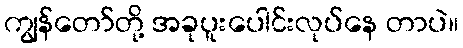
ကျွန်တော်တို့ အခုပူးပေါင်းလုပ်နေ တာပဲ။